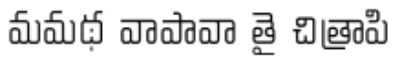
మమథ వాపావా తై చిత్రాపి